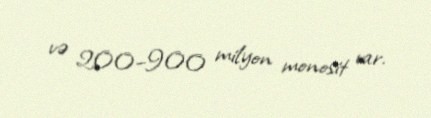
və 200–900 milyon monosit var.